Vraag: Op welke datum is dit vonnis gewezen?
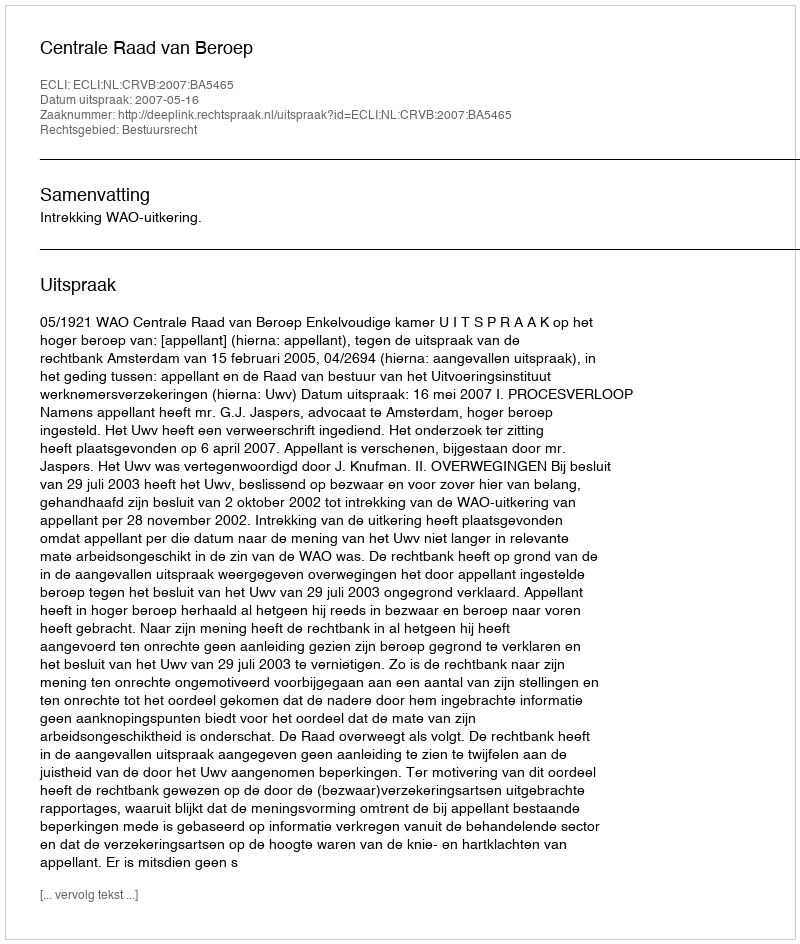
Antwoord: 2007-05-16